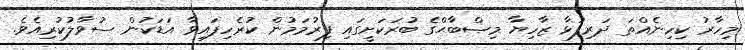
މިހާރު ކިހިނެއްތަ ދަރިފުޅާ ޒާހިޔާ މިޞްބާޙްގެ ބުރަކަށީގައި ފިރުމަމުން ކުރެހިފައިވާ އަޑަކުން ސުވާލުކުރިއެވެ.